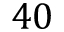
4 0